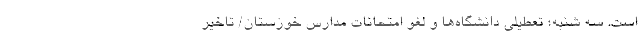
است. سه شنبه؛ تعطیلی دانشگاه‌ها و لغو امتحانات مدارس خوزستان/ تاخیر